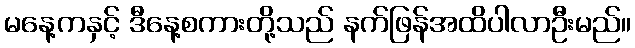
မနေ့ကနှင့် ဒီနေ့စကားတို့သည် နက်ဖြန်အထိပါလာဦးမည်။